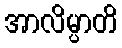
အာလိမ္ပာတိ